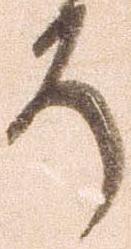
そ